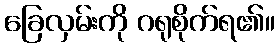
ခြေလှမ်းကို ဂရုစိုက်ရ၏။